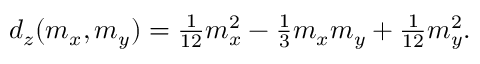
\begin{array} { r } { d _ { z } ( m _ { x } , m _ { y } ) = \frac { 1 } { 1 2 } m _ { x } ^ { 2 } - \frac { 1 } { 3 } m _ { x } m _ { y } + \frac { 1 } { 1 2 } m _ { y } ^ { 2 } . } \end{array}